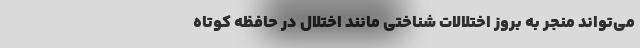
می‌تواند منجر به بروز اختلالات شناختی مانند اختلال در حافظه کوتاه